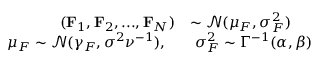
\begin{array} { r l } { ( \mathbf { F } _ { 1 } , \mathbf { F } _ { 2 } , . . . , \mathbf { F } _ { N } ) } & { \sim \mathcal { N } ( \mu _ { F } , \sigma _ { F } ^ { 2 } ) } \\ { \mu _ { F } \sim \mathcal { N } ( \gamma _ { F } , \sigma ^ { 2 } \nu ^ { - 1 } ) , \ \ } & { \ \sigma _ { F } ^ { 2 } \sim \Gamma ^ { - 1 } ( \alpha , \beta ) } \end{array}